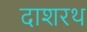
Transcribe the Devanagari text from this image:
दाशरथ